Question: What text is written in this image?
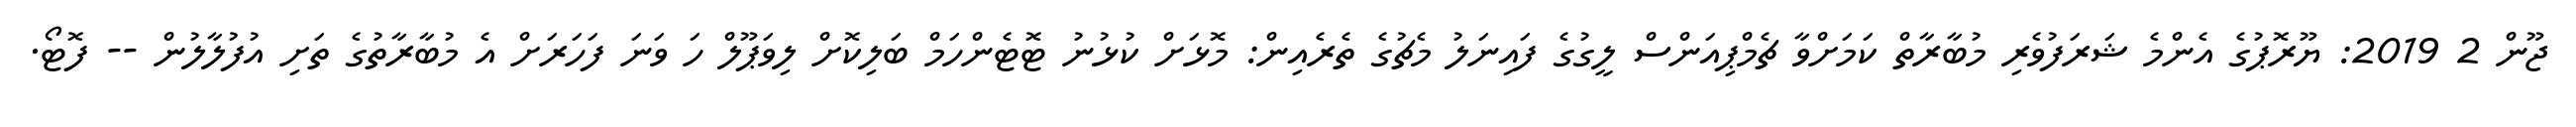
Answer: ޖޫން 2 2019: ޔޫރޮޕުގެ އެންމެ ޝަރަފުވެރި މުބާރާތް ކަމަށްވާ ޗެމްޕިއަންސް ލީގުގެ ފައިނަލު މެޗުގެ ތެރެއިން: މޮޅަށް ކުޅުނު ޓޮޓެންހަމް ބަލިކޮށް ލިވަޕޫލް ހަ ވަނަ ފަހަރަށް އެ މުބާރާތުގެ ތަށި އުފުލާލުން -- ފޮޓޯ.